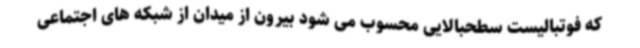
که فوتبالیست سطحبالایی محسوب می شود بیرون از میدان از شبکه های اجتماعی